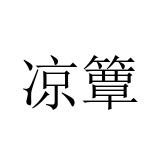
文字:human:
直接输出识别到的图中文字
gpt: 凉簟